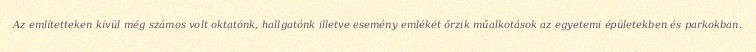
Az említetteken kívül még számos volt oktatónk, hallgatónk illetve esemény emlékét őrzik műalkotások az egyetemi épületekben és parkokban.